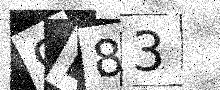
Text: 9B83